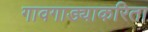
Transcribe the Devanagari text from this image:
गावगाड्याकरिता